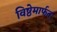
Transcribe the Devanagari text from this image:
विष्ठेमार्फत